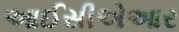
આઈસીએઆર